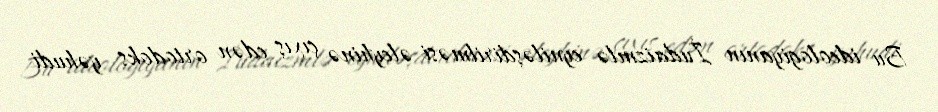
Bu ideologiyanın İudaizmlə eyniləşdirilməsi əleyhinə çıxış edən ortodoks yəhudi